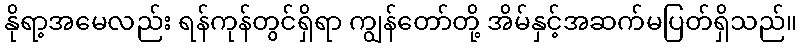
နိုရာ့အမေလည်း ရန်ကုန်တွင်ရှိရာ ကျွန်တော်တို့ အိမ်နှင့်အဆက်မပြတ်ရှိသည်။